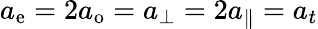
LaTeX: a_{\mathrm{e}}=2a_{\mathrm{o}}=a_{\perp}=2a_{\parallel}=a_{t}